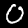
Label: 0